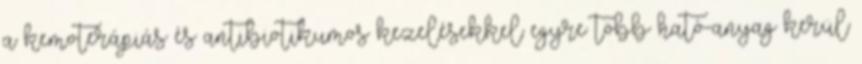
a kemoterápiás és antibiotikumos kezelésekkel egyre több ható-anyag kerül